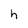
Character: h